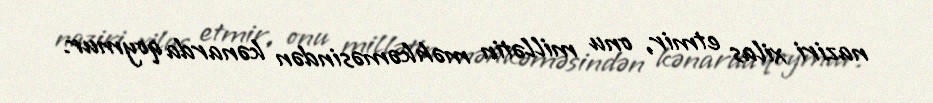
naziri xilas etmir, onu millətin məhkəməsindən kənarda qoymur.